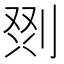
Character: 𭃲